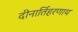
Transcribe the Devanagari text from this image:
दीनार्तिहरणाय